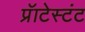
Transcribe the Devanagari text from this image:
प्रॅाटेस्टंट